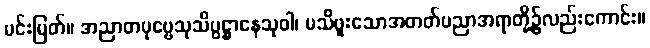
မင်းမြတ်။ အညာတပုဗ္ဗေသုသိပ္ပဋ္ဌာနေသုဝါ၊ မသိဖူးသောအတတ်ပညာအရာတို့၌လည်းကောင်း။